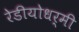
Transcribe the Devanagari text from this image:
रेडीयोधर्मी